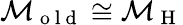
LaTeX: \mathcal{M}_{\mathrm{~o~l~d~}}\cong\mathcal{M}_{\mathrm{~H~}}